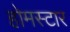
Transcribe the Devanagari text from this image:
होमस्टार